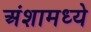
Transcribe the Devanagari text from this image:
अंशामध्ये